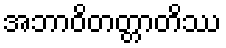
အဘာဝိတတ္တာတိဿ